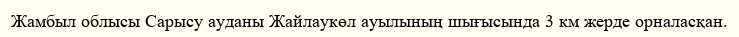
Жамбыл облысы Сарысу ауданы Жайлаукөл ауылының шығысында 3 км жерде орналасқан.